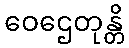
ဝေဌေတုန္တိ